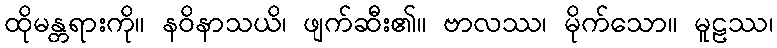
ထိုမန္တရားကို။ နဝိနာသယိ၊ ဖျက်ဆီး၏။ ဗာလဿ၊ မိုက်သော။ မူဠဿ၊